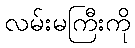
လမ်းမကြီးကို